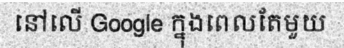
នៅលើ Google ក្នុងពេលតែមួយ